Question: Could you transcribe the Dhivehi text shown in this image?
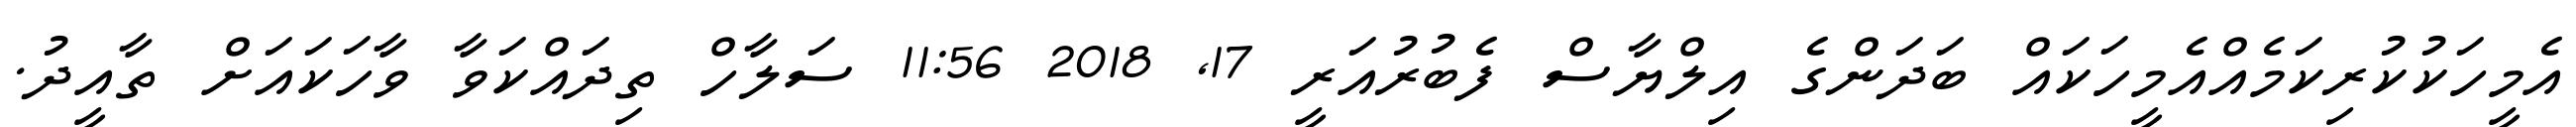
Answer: އެމީހަކުކުރިކަމެއްއެމީހަކައް ބަދަންގެ އިލްޔާސް ފެބުރުއަރީ 17, 2018 11:56 ސަލާހް ތިދައްކަވާ ވާހަކައަށް ތާއީދު.